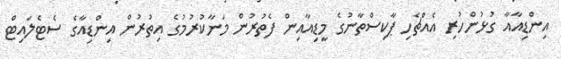
އިންޑިއާއާ ގުޅުންހުރި އެއްޗެހި ޕާކިސްތާނުގެ މީޑިއާއިން ފެތުރުން މަނާކުރުމުގެ އިތުރުން އިންޑިއާގެ ސެޓެލައިޓް